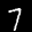
Label: 7